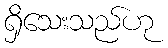
ရှိသေးသည်ဟု